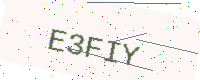
Text: E3FIY